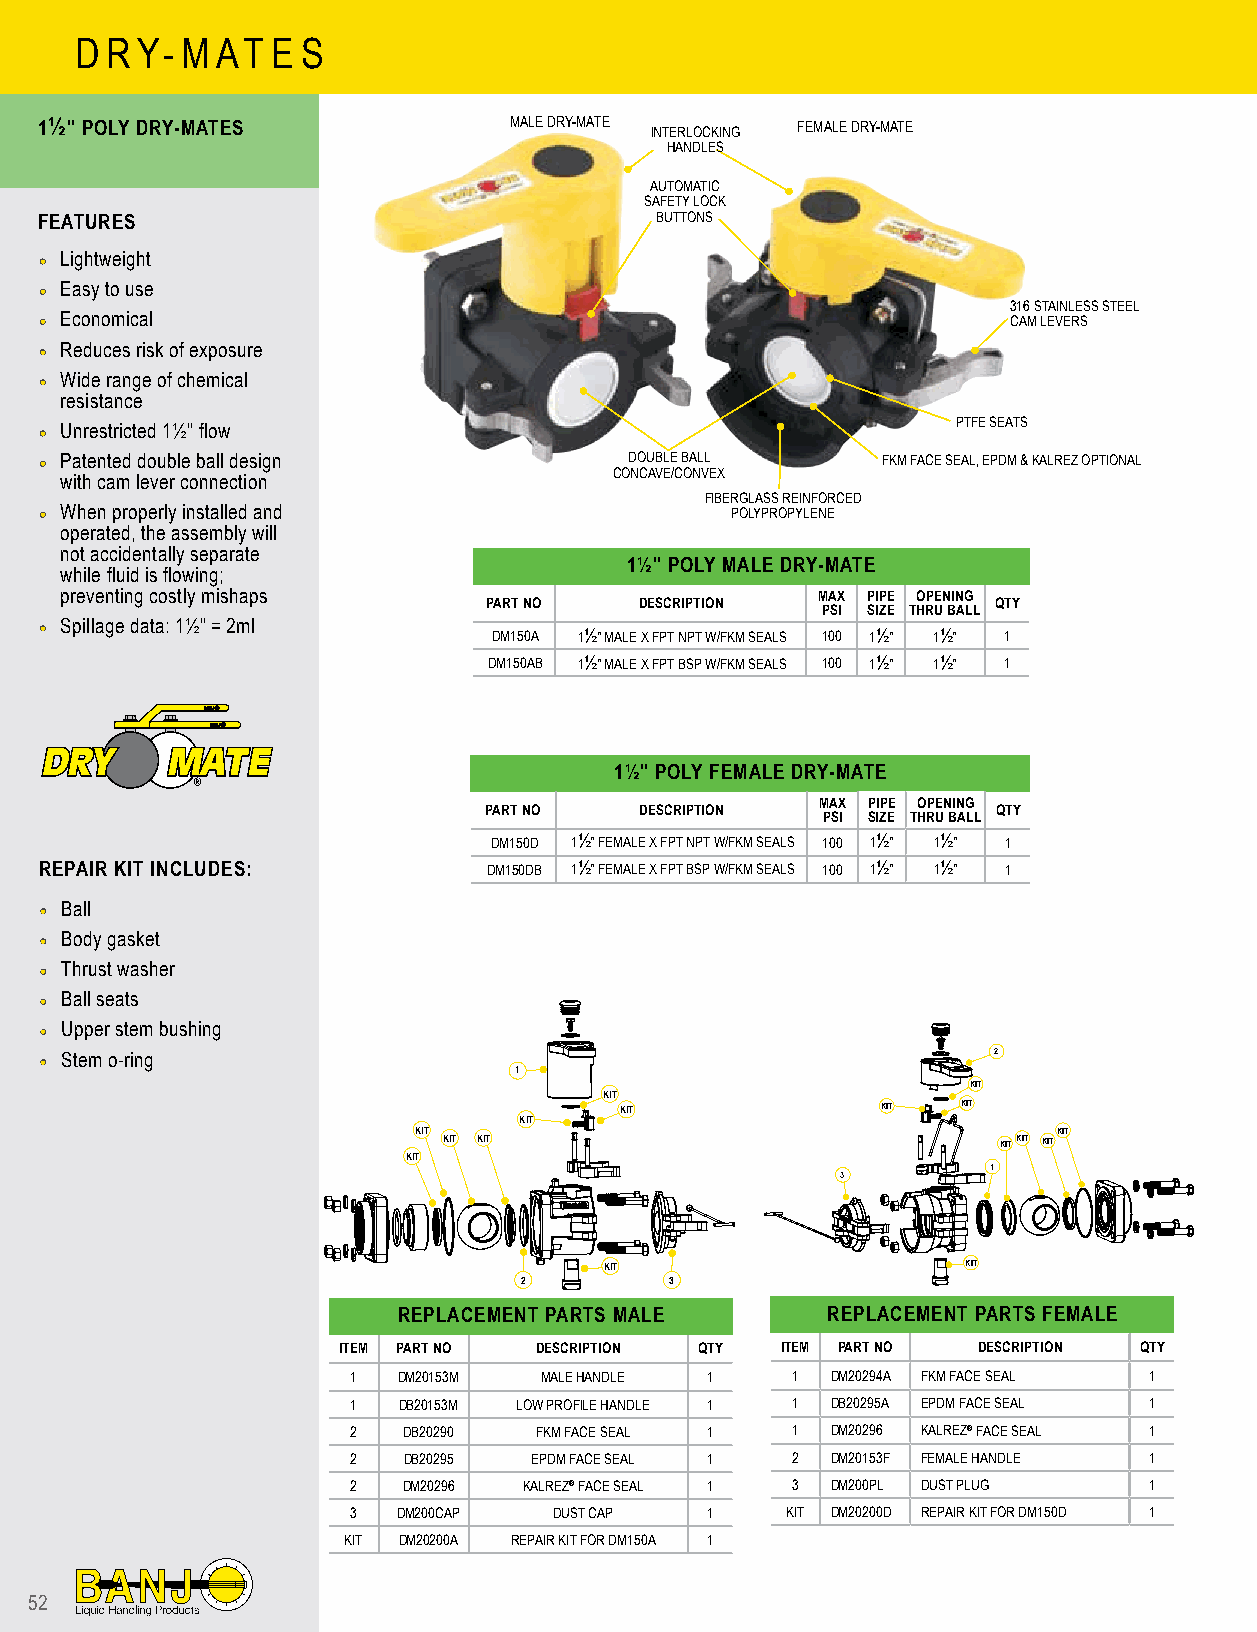
D RY-  M AT  E S
 1½" POLY DRY-MATES             MALE DRY-MATE INTERLOCKING FEMALE DRY-MATE
 HANDLES
 AUTOMATIC
 SAFETY LOCK
 FEATURES                                 BUTTONS
 •• Lightweight
 •• Easy to use                                    Female Dry-Mate
 316 STAINLESS STEEL
 •• Economical                                                   CAM LEVERS
 •• Reduces risk of exposure
 •• Wide range of chemical
 resistance
 PTFE SEATS
 •• Unrestricted 1½" flow
 •• Patented double ball design         DOUBLE BALL     FKM FACE SEAL, EPDM & KALREZ OPTIONAL
 CONCAVE/CONVEX
 with cam lever connection
 FIBERGLASS REINFORCED
 •• When properly installed and               POLYPROPYLENE
 operated, the assembly will
 not accidentally separate
 1½" POLY MALE DRY-MATE
 while fluid is flowing;
 preventing costly mishaps                         MAX PIPE OPENING
 PART NO   DESCRIPTION             QTY
 PSI SIZE THRU BALL
 •• Spillage data: 1½" = 2ml   DM150A 1½" MALE X FPT NPT W/FKM SEALS 100 1½" 1½" 1
 DM150AB 1½" MALE X FPT BSP W/FKM SEALS 100 1½" 1½" 1
 1½" POLY FEMALE DRY-MATE
 ®
 MAX PIPE OPENING
 PART NO   DESCRIPTION             QTY
 PSI SIZE THRU BALL
 DM150D 1½" FEMALE X FPT NPT W/FKM SEALS 100 1½" 1½" 1
 REPAIR KIT INCLUDES:         DM150DB 1½" FEMALE X FPT BSP W/FKM SEALS 100 1½" 1½" 1
 •• Ball
 •• Body gasket
 •• Thrust washer
 •• Ball seats
 •• Upper stem bushing
 •• Stem o-ring                                                 2
 1
 KIT
 KIT
 KIT              KIT   KIT
 KIT
 KIT                                        KIT
 KIT KIT                              KITKIT KIT
 KIT
 1
 3
 KIT                     KIT
 2         3
 REPLACEMENT PARTS MALE       REPLACEMENT PARTS FEMALE
 ITEM PART NO DESCRIPTION QTY  ITEM PART NO DESCRIPTION QTY
 1  DM20153M  MALE HANDLE 1   1  DM20294A FKM FACE SEAL 1
 1  DB20153M LOW PROFILE HANDLE 1 1 DB20295A EPDM FACE SEAL 1
 2   DB20290 FKM FACE SEAL 1  1  DM20296 KALREZ® FACE SEAL 1
 2   DB20295 EPDM FACE SEAL 1 2  DM20153F FEMALE HANDLE 1
 2   DM20296 KALREZ® FACE SEAL 1 3 DM200PL DUST PLUG  1
 3  DM200CAP   DUST CAP  1    KIT DM20200D REPAIR KIT FOR DM150D 1
 KIT DM20200A REPAIR KIT FOR DM150A 1
 52